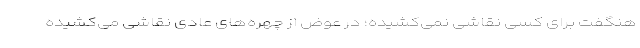
هنگفت برای کسی نقاشی نمی‌کشیده؛ در عوض از چهره‌های عادی نقاشی می‌کشیده